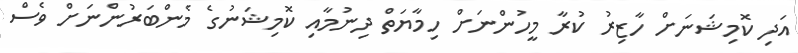
އަދި ކޮމިޝަނަށް ހާޒިރު ކުރާ މީހުންނަށް ހިމާޔަތް ދިނުމާއި ކޮމިޝަނުގެ މެންބަރުންނަށް ވެސް